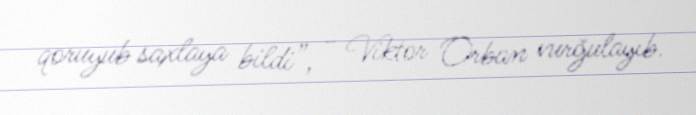
qoruyub saxlaya bildi”, - Viktor Orban vurğulayıb.